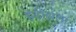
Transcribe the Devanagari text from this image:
इंडीझला